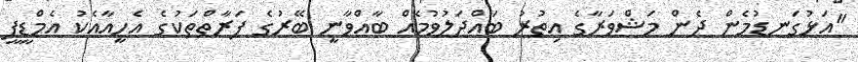
"އަޅުގަނޑުމެން ދެން މަޝްވަރާގެ އިތުރު ބައްދަލުވުމެއް ބާއްވާނީ ބޭރުގެ ފަރާތްތަކުގެ އެހީއާއެކު އެމްޑީޕީ